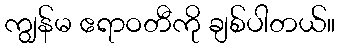
ကျွန်မ ဧရာဝတီကို ချစ်ပါတယ်။